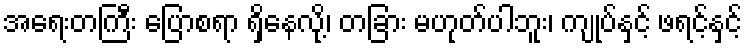
အရေးတကြီး ပြောစရာ ရှိနေလို့၊ တခြား မဟုတ်ပါဘူး၊ ကျုပ်နှင့် ဖရင့်နှင့်